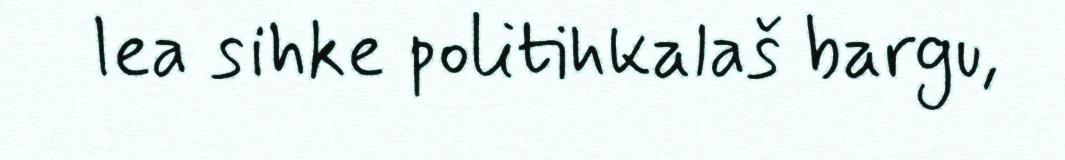
lea sihke politihkalaš bargu,